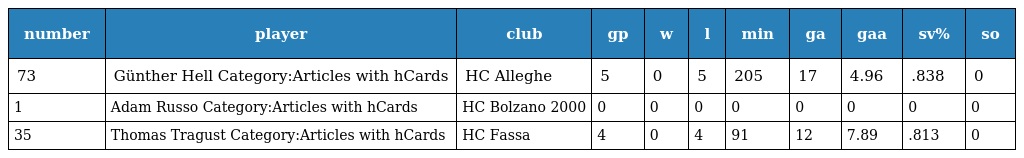
| number | player | club | gp | w | l | min | ga | gaa | sv% | so |
 | --- | --- | --- | --- | --- | --- | --- | --- | --- | --- | --- |
 | 73 | Günther Hell Category:Articles with hCards | HC Alleghe | 5 | 0 | 5 | 205 | 17 | 4.96 | .838 | 0 |
 | 1 | Adam Russo Category:Articles with hCards | HC Bolzano 2000 | 0 | 0 | 0 | 0 | 0 | 0 | 0 | 0 |
 | 35 | Thomas Tragust Category:Articles with hCards | HC Fassa | 4 | 0 | 4 | 91 | 12 | 7.89 | .813 | 0 |